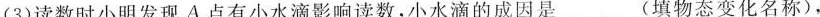
(3)读数时小明发现A点有小水滴影响读数，小水滴的成因是___(填物态变化名称)，